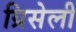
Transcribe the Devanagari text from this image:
ग्रिसेली